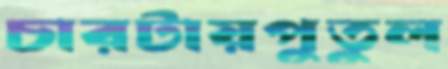
চারটায়পুতুল